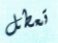
تعطل